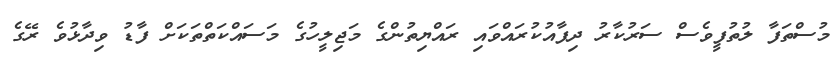
މުސްތަފާ ލުތުފީވެސް ސަރުކާރު ދިފާއުކުރައްވައި ރައްޔިތުންގެ މަޖިލީހުގެ މަސައްކަތްތަކަށް ފާޑު ވިދާޅުވެ ރޭގެ